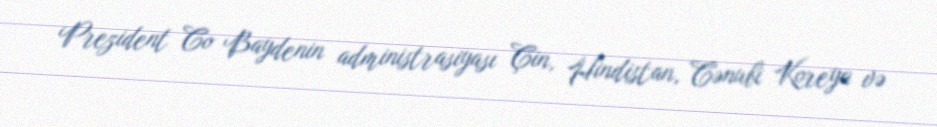
Prezident Co Baydenin administrasiyası Çin, Hindistan, Cənubi Koreya və